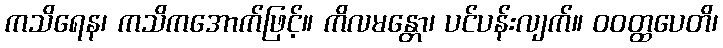
ကသိရေန၊ ကသိကအောက်ဖြင့်။ ကိလမန္တော၊ ပင်ပန်းလျက်။ ဝဝတ္ထပေတိ၊